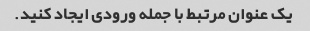
یک عنوان مرتبط با جمله ورودی ایجاد کنید.